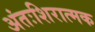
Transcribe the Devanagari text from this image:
अंतःशिरात्मक